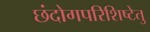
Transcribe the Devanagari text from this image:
छंदोगपरिशिष्टेतु